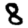
Digit: 8